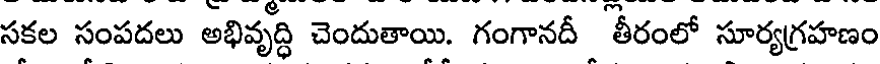
సకల సంపదలు అభివృద్ధి చెందుతాయి. గంగానదీ తీరంలో సూర్యగ్రహణం